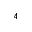
^ 4